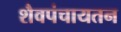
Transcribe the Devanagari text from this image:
शैवपंचायतन